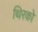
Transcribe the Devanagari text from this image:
थिरको